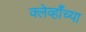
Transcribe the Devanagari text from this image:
क्लेर्व्हॉच्या